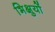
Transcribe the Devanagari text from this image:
भिक्षुयों